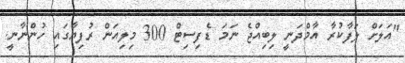
"އަލަށް ލަފާކުރާ އާމްދަނީ ލިބިއްޖެ ނަމަ ޑެފިސިޓް 300 މިލިއަން ރުފިޔާގައި ހުންނާނީ.